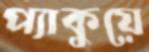
প্যাকুয়ে